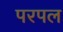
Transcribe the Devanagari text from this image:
परपल